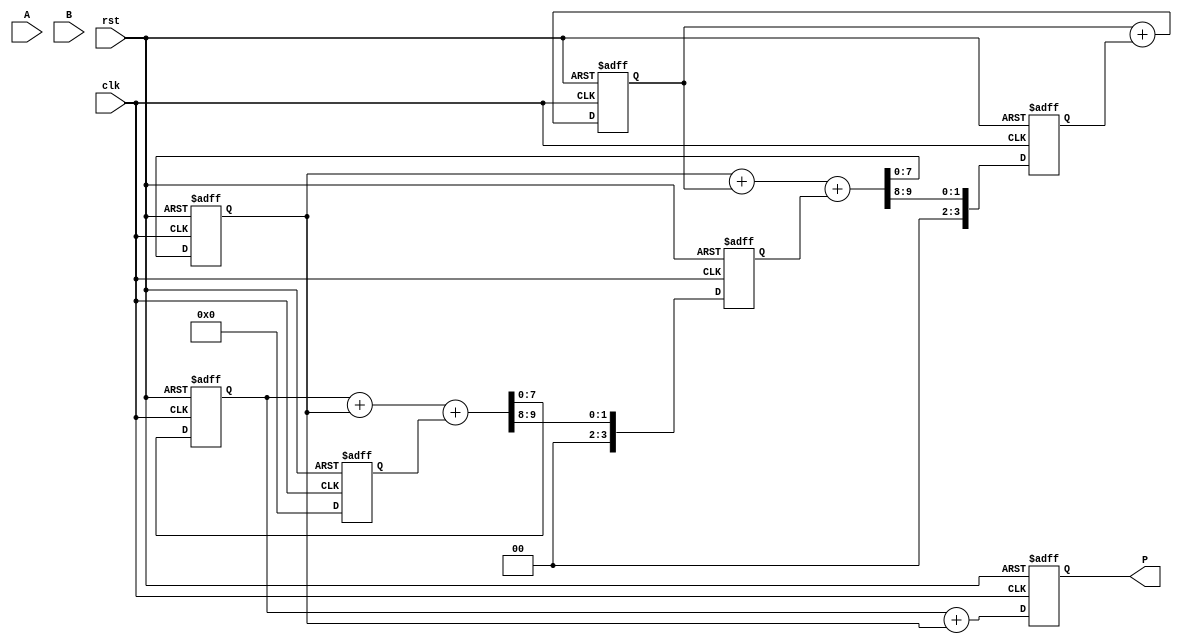
module WallaceTreeMultiplier #(parameter N = 4) (
    input  wire [N-1:0] A,
    input  wire [N-1:0] B,
    input  wire clk,
    input  wire rst,
    output reg [2*N-1:0] P
);

// Intermediate signals
wire [N-1:0] pp [0:N-1]; // Partial products
reg [2*N-1:0] sum [0:N-1]; // Sums of the partial products
reg [N-1:0] carry [0:N-1]; // Carries from the addition stages
integer i, j;

// Generate Partial Products
generate
    genvar k;
    for (k = 0; k < N; k = k + 1) begin : partial_product_gen
        assign pp[k] = A & {N{B[k]}};
    end
endgenerate

// Wallace Tree Reduction
always @(posedge clk or posedge rst) begin
    if (rst) begin
        P <= 0;
        for (i = 0; i < N; i = i + 1) begin
            sum[i] <= 0;
            carry[i] <= 0;
        end
    end else begin
        // Stage 1: Combine partial products
        for (i = 0; i < N; i = i + 1) begin
            if (i < N-1) begin
                {carry[i], sum[i]} <= pp[i] + pp[i+1]; // Simple addition
            end else begin
                sum[i] <= pp[i];
                carry[i] <= 0;
            end
        end

        // Stage 2: Further reduce the sums and carries
        for (j = 0; j < N-1; j = j + 1) begin
            if (j < N-2) begin
                {carry[j+1], sum[j]} <= sum[j] + sum[j+1] + carry[j]; // Full adder
            end else begin
                sum[j] <= sum[j] + carry[j];
            end
        end

        // Final Addition
        P <= sum[0] + sum[1]; // Final output
    end
end

endmodule